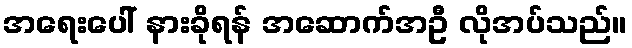
အရေးပေါ် နားခိုရန် အဆောက်အဦ လိုအပ်သည်။